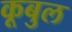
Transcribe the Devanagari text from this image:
कूबुल